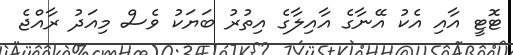
ޓޮޓީ އާއި އެކު އޭނާގެ އާއިލާގެ އިތުރު ބަޔަކު ވެސް މިއަދު ރާއްޖެ